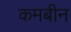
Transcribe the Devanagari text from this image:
कमबीन